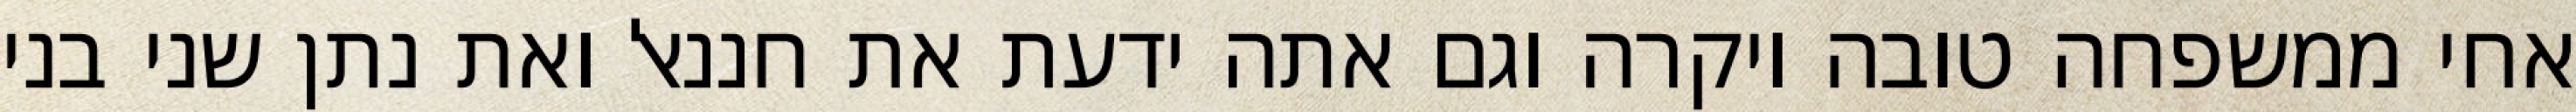
אחי ממשפחה טובה ויקרה וגם אתה ידעת את חננאל ואת נתן שני בני